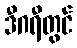
ဒီဂရီတွင်